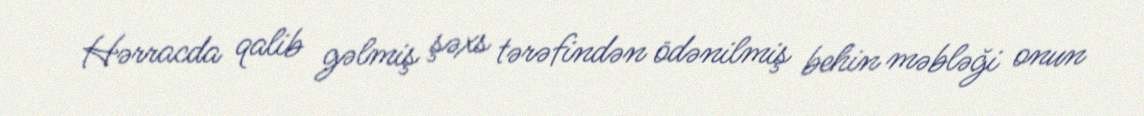
Hərracda qalib gəlmiş şəxs tərəfindən ödənilmiş behin məbləği onun